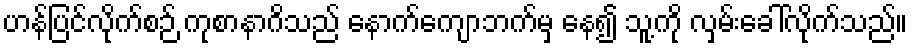
ဟန်ပြင်လိုက်စဉ် ကုစာနာဂိသည် နောက်ကျောဘက်မှ နေ၍ သူ့ကို လှမ်းခေါ်လိုက်သည်။